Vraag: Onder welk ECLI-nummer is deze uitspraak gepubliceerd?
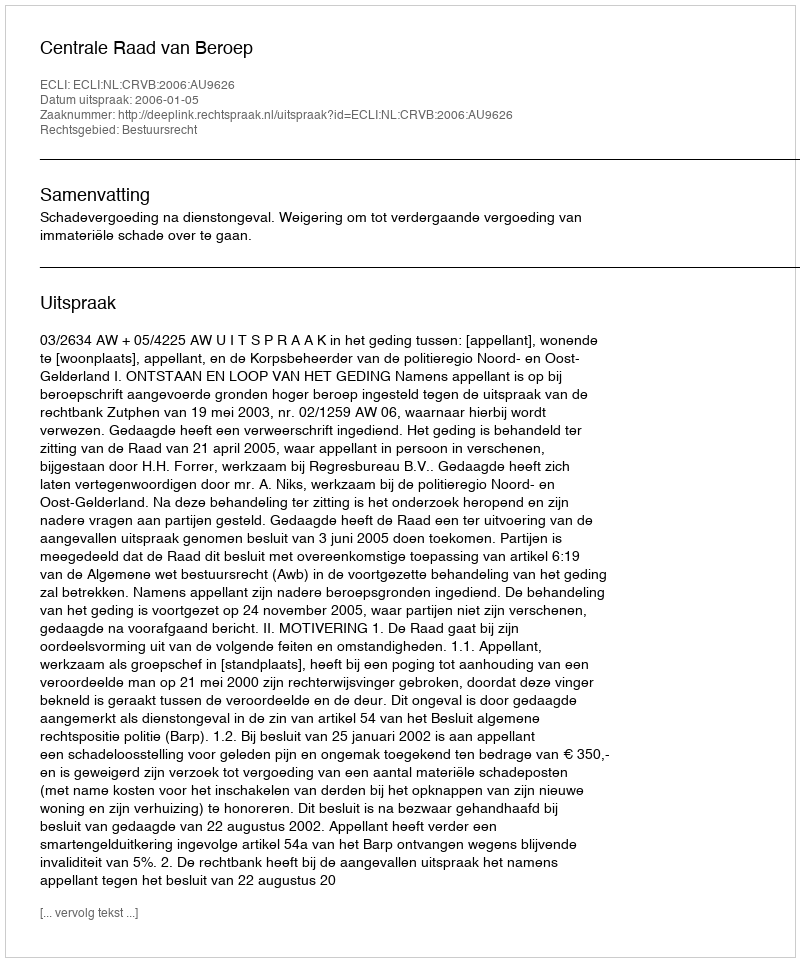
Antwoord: ECLI:NL:CRVB:2006:AU9626